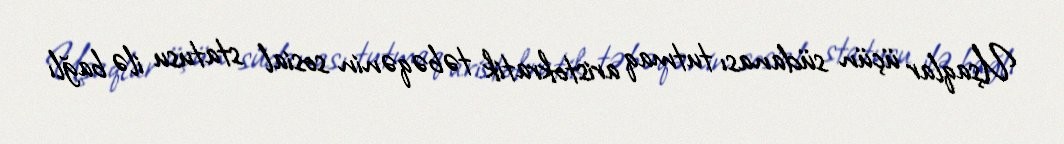
Uşaqlar üçün südanası tutmaq aristokratik təbəqənin sosial statusu ilə bağlı